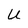
Character: U